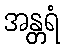
အန္တရံ